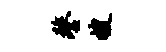
鏊搜